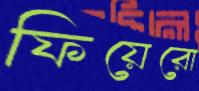
ফিয়েরো